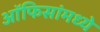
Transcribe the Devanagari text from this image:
ऑफिसांमध्ये